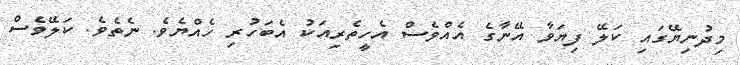
މިދުނިޔޭގައި ކަލޭ ފިޔަވާ އޭނާގެ އެއްވެސް އެހީތެރިއަކު އެބަހުރި ހެއްޔެވެ. ނެތެވެ. ކަލޭވެސް